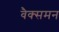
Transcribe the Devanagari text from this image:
वैक्समन